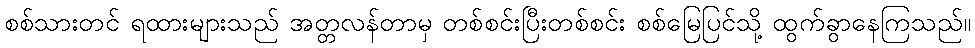
စစ်သားတင် ရထားများသည် အတ္တလန်တာမှ တစ်စင်းပြီးတစ်စင်း စစ်မြေပြင်သို့ ထွက်ခွာနေကြသည်။